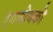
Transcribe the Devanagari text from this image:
रंगशोधकों